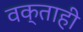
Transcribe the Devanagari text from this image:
वक्ताही